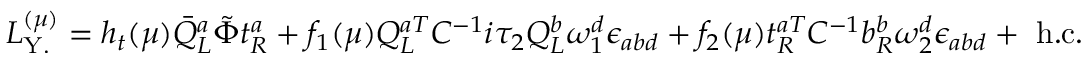
{ \cal { L } } _ { \mathrm { Y . } } ^ { ( \mu ) } = h _ { t } ( \mu ) { \bar { Q } } _ { L } ^ { a } { \tilde { \Phi } } t _ { R } ^ { a } + f _ { 1 } ( \mu ) Q _ { L } ^ { a T } C ^ { - 1 } i { \tau } _ { 2 } Q _ { L } ^ { b } { \omega } _ { 1 } ^ { d } { \epsilon } _ { a b d } + f _ { 2 } ( \mu ) t _ { R } ^ { a T } C ^ { - 1 } b _ { R } ^ { b } { \omega } _ { 2 } ^ { d } { \epsilon } _ { a b d } + \mathrm { ~ h . c . }